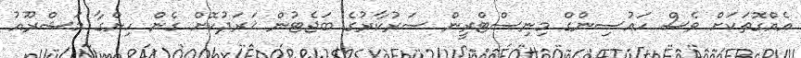
އެއްގޮތަކަށް ވެސް ހައުސިންގް މިނިސްޓްރީން ސަރުކާރުގެ ބަޖެޓުން ޚަރަދުކޮށް ގެން ހިންގާ މަޝްރޫއު